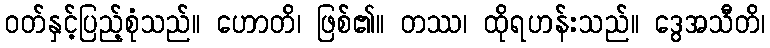
ဝတ်နှင့်ပြည့်စုံသည်။ ဟောတိ၊ ဖြစ်၏။ တဿ၊ ထိုရဟန်းသည်။ ဒွေအသီတိ၊